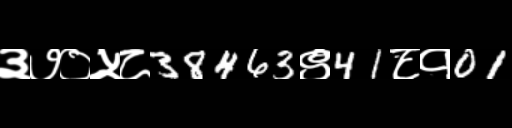
Text: ३७०५८38463९41८१01